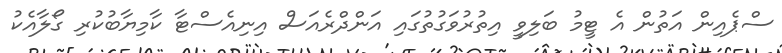
ސްޕެއިން އަތުން އެ ޓީމު ބަލިވީ އިތުރުވަގުތުގައި އަންދްރެއަސް އިނިއެސްޓާ ކާމިޔާބުކުރި ގޯލާއެކު